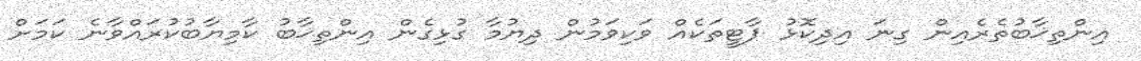
އިންތިޚާބުތެރެއިން ގިނަ އިދިކޮޅު ޕާޓީތަކެއް ވަކިވަމުން ދިޔުމާ ގުޅިގެން އިންތިޚާބު ކާމިޔާބުކުރައްވާނެ ކަމަށް